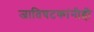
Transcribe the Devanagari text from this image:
जातिघटकांनीही